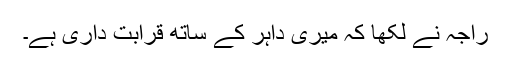
راجہ نے لکھا کہ میری داہر کے ساتھ قرابت داری ہے۔